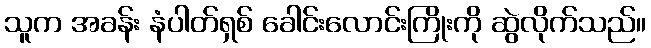
သူက အခန်း နံပါတ်ရှစ် ခေါင်းလောင်းကြိုးကို ဆွဲလိုက်သည်။